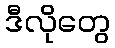
ဒီလိုတွေ